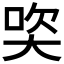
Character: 𪥒